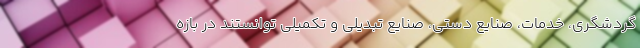
گردشگری، خدمات، صنایع دستی، صنایع تبدیلی و تکمیلی توانستند در بازه